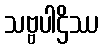
သဗ္ဗပါဌိဿ